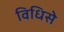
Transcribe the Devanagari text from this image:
विधिसे